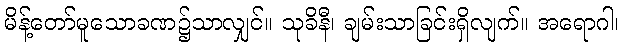
မိန့်တော်မူသောခဏ၌သာလျှင်။ သုခိနီ၊ ချမ်းသာခြင်းရှိလျက်။ အရောဂါ၊